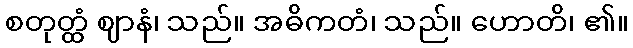
စတုတ္ထံ ဈာနံ၊ သည်။ အဓိကတံ၊ သည်။ ဟောတိ၊ ၏။